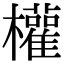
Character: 權